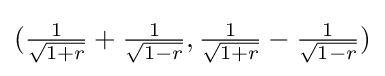
{\textstyle ({\frac {1}{\sqrt {1+r}}}+{\frac {1}{\sqrt {1-r}}},{\frac {1}{\sqrt {1+r}}}-{\frac {1}{\sqrt {1-r}}})}